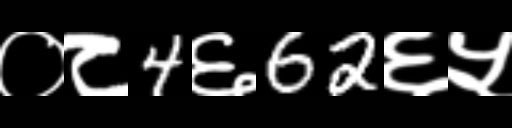
Text: ०८4६62६५